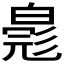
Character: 𬐐